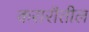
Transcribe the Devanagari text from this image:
करारॉतील